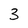
Character: 3